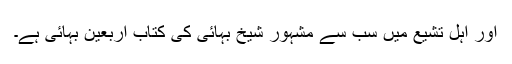
اور اہل تشیع میں سب سے مشہور شیخ بہائی کی کتاب اربعین بہائی ہے۔